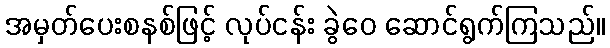
အမှတ်ပေးစနစ်ဖြင့် လုပ်ငန်း ခွဲဝေ ဆောင်ရွက်ကြသည်။